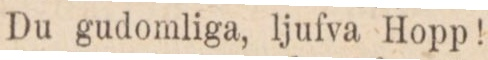
Du gudomliga, ljufva Hopp!